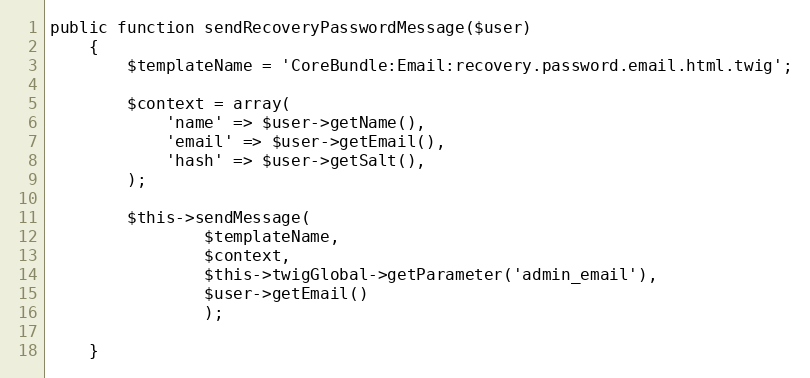
Language: PHP
public function sendRecoveryPasswordMessage($user)
    {
        $templateName = 'CoreBundle:Email:recovery.password.email.html.twig';

        $context = array(
            'name' => $user->getName(),
            'email' => $user->getEmail(),
            'hash' => $user->getSalt(),
        );

        $this->sendMessage(
                $templateName,
                $context,
                $this->twigGlobal->getParameter('admin_email'),
                $user->getEmail()
                );

    }